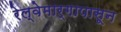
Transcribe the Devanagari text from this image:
रेल्वेमार्गापासून